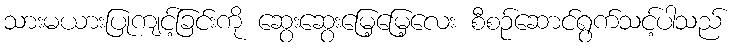
သားမယားပြုကျင့်ခြင်းကို ဆွေးဆွေးမြေ့မြေ့လေး စီစဉ်ဆောင်ရွက်သင့်ပါသည်